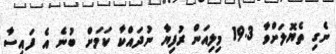
ނެގި ތެޔޮލަށްވާ 19.3 މިލިއަން ރުފިޔާ ނުދައްކާ ކަމަށް ބުނެ އެ ފައިސާ